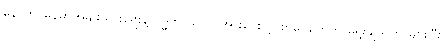
နောက် မြန်မာအမျိုးသားရေးနဲ့ ဗုဒ္ဓဘာသာကိုအားပေးတဲ့ စာပေတွေကို ရွေးချယ်တာများပြီး